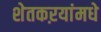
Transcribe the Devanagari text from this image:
शेतकऱयांमधे